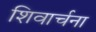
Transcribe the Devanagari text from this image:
शिवार्चना